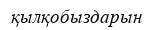
қылқобыздарын